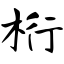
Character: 桁